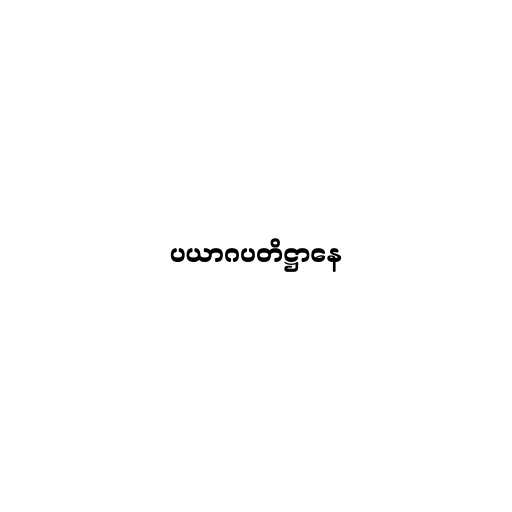
ပယာဂပတိဋ္ဌာနေ